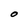
Character: O